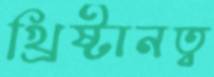
খ্রিষ্টানত্ব